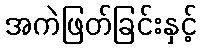
အကဲဖြတ်ခြင်းနှင့်